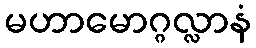
မဟာမောဂ္ဂလ္လာနံ